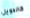
كالدويل